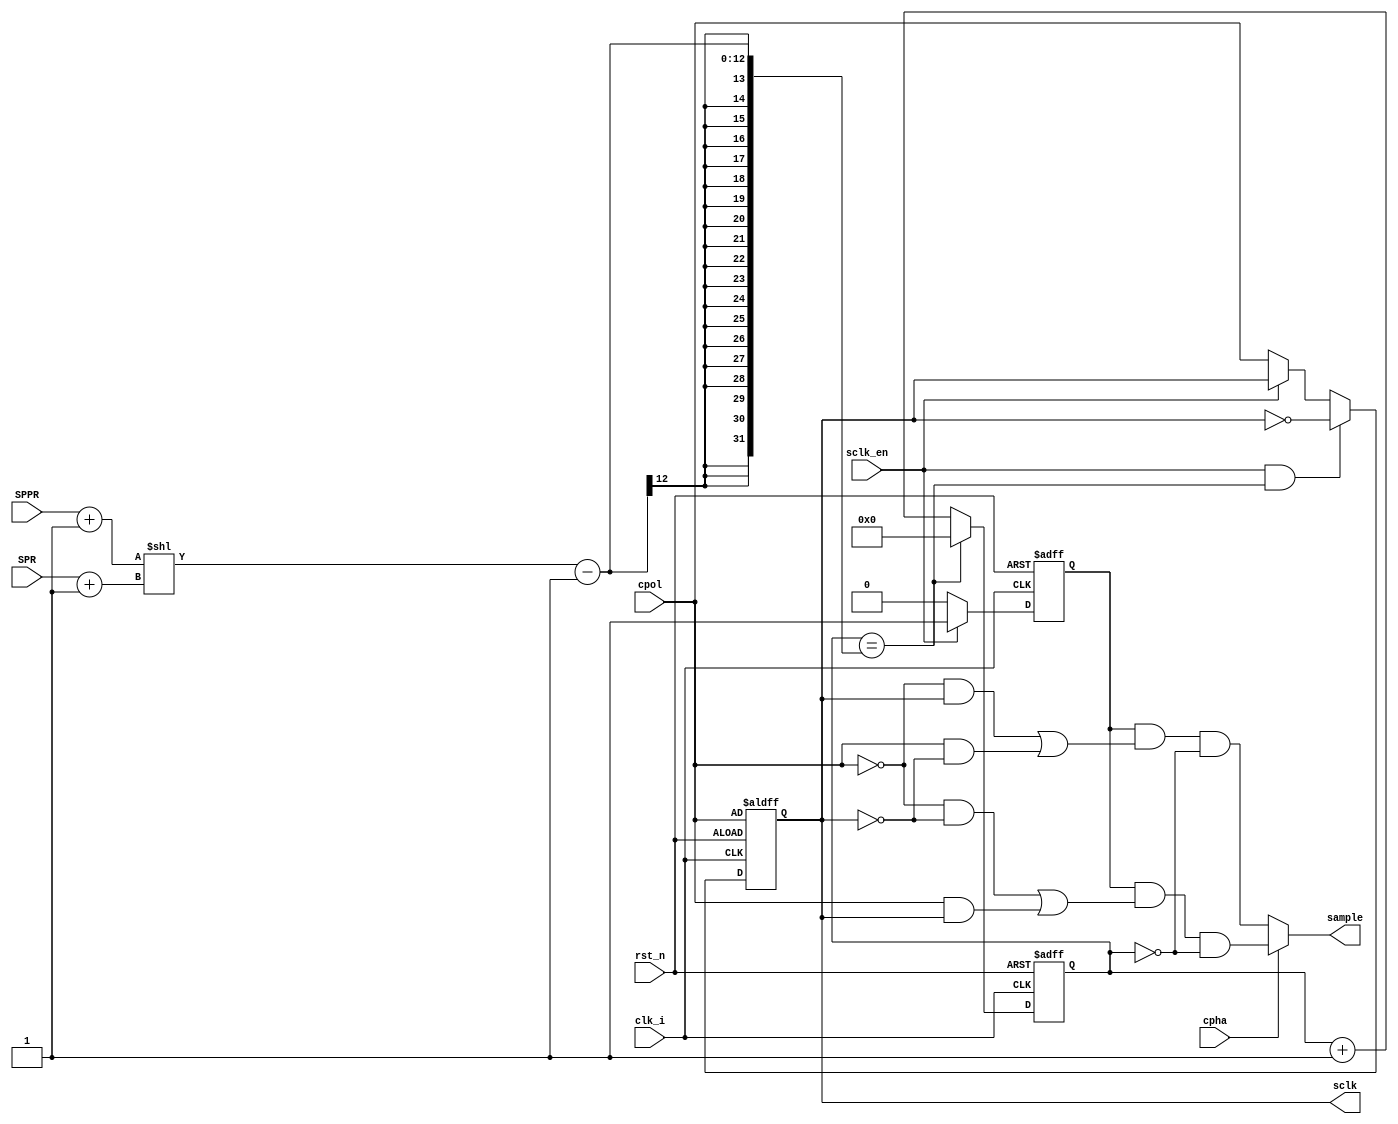
module baudrate_gen
(
input clk_i,
input rst_n,
input sclk_en,
input cpol,
input cpha,
input [2:0] SPR,	// Baudrate pre-selection bits
input [2:0] SPPR,	// Baudrate selection bits
output reg sclk,        // Baudrate serial output clock
output sample
);

wire [11:0] BaudrateDivisor; // we need 11 wires to accomodate for baudrate divisor calculations (SPPR + 1) << SPR + 1 needs 11 bits
assign BaudrateDivisor = (SPPR + 1) << (SPR + 1);

reg [11:0] counter; // clock divider register
wire count_done;
wire sample_cpha0;
wire sample_cpha1;
reg sample_enable;
// clock dividor counter
always @(posedge clk_i, negedge rst_n)
if(!rst_n)
counter    <= 0;
else if(count_done) // clear the counter only if the count is done. 
counter    <= 0;
else
counter <= counter + 1;
assign count_done = (counter == BaudrateDivisor - 1);


// sclk generation
always @(posedge clk_i, negedge rst_n)
if(!rst_n)
	sclk <= cpol;
else if(sclk_en && count_done) 
	sclk <= ~sclk;
else if (!sclk_en) 
	sclk <= cpol; 

// sample pulse generation
// sample signal is 1 for one system clock cycle only, not sclk cycle
// sample signal is 1 if the divider counter value is 0 (i.e. when the sclk starts to toggle, providing sync. sampling with the serial clock)
// for cpha = 0 --> the sample pulse is generated at the first (rising/falling) edge of the sclk
// for cpha = 1 --> the sample pulse is generated at the secend (rising/falling) edge of the sclk


// registering/latching sclk enable so that the sample clock enable is sync. with the system clock for glitch immunning
// Therefore no glitches will be occurred 
always @(posedge clk_i, negedge rst_n) begin
if(!rst_n) sample_enable <= 0;
else if (sclk_en) sample_enable <= 1;
else sample_enable <= 0;
end


assign sample_cpha0 = sample_enable && ((!cpol &&  sclk) || (cpol && !sclk)) && (counter == 0);
assign sample_cpha1 = sample_enable && ((!cpol && !sclk) || (cpol &&  sclk)) && (counter == 0);
assign sample       = (cpha)? sample_cpha1 : sample_cpha0;


endmodule